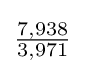
{\tfrac {7,938}{3,971}}